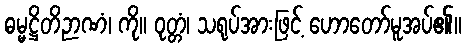
ဓမ္မဋ္ဌိတိဉာဏံ၊ ကို။ ဝုတ္တံ၊ သရုပ်အားဖြင့် ဟောတော်မူအပ်၏။